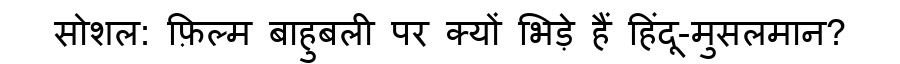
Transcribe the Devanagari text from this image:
सोशल: फ़िल्म बाहुबली पर क्यों भिड़े हैं हिंदू-मुसलमान?